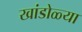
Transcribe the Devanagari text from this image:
खांडोळ्या